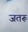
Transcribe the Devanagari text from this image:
जतरू